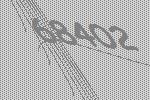
68402